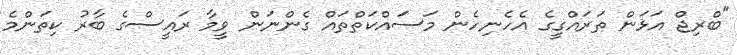
"ބްރިޖް އަޅަން ތަރައްގީގެ އެހެނިހެން މަސައްކަތްތައް ގެންނަން ވީމާ ރައީސްގެ ބާރު ކިތަންމެ